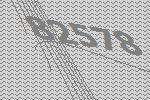
82578